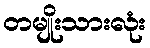
တမျိုးသားလုံး